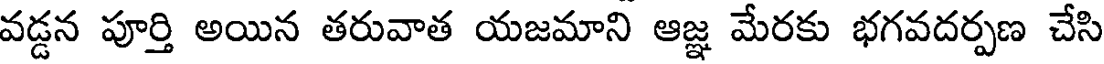
వడ్డన పూర్తి అయిన తరువాత యజమాని ఆజ్ఞ మేరకు భగవదర్పణ చేసి